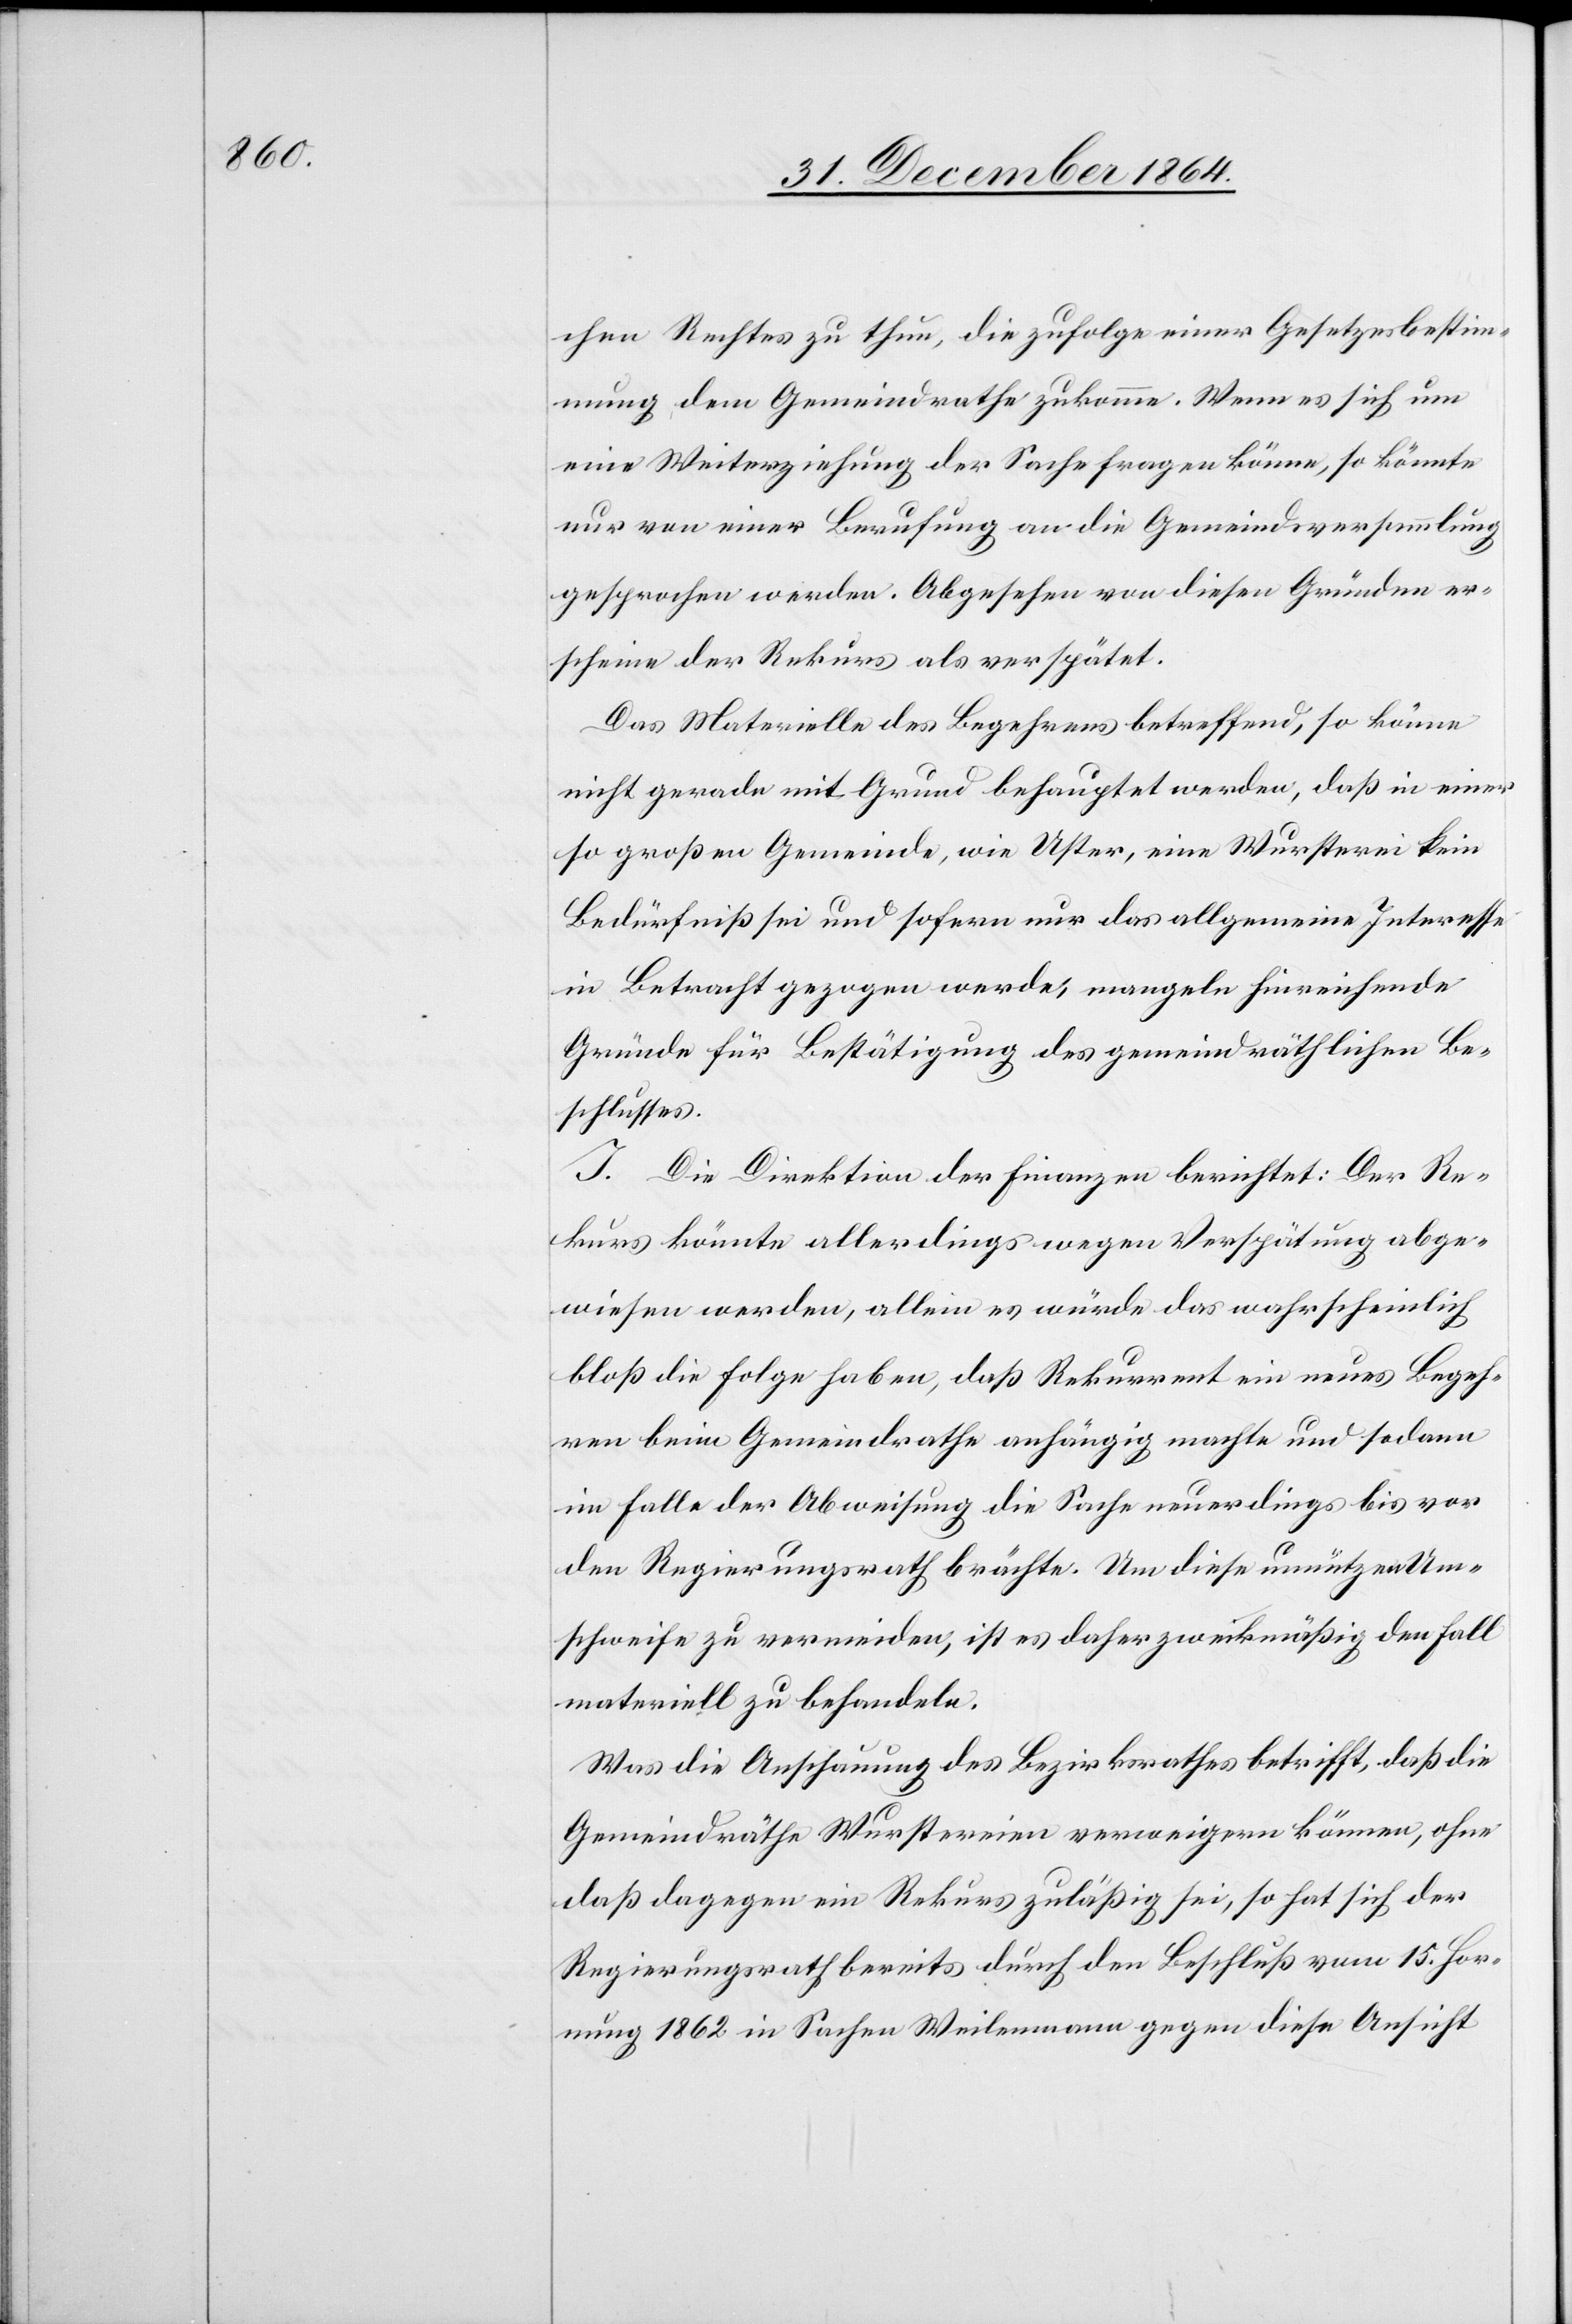
chen Rechtes zu thun, die zufolge einer Gesetzesbestim¬
mung dem Gemeindrathe zukomme. Wenn es sich um
eine Weiterziehung der Sache fragen könne, so könnte
nur von einer Berufung an die Gemeindsversammlung
gesprochen werden. Abgesehen von diesen Gründen er¬
scheine der Rekurs als verspätet.
Das Materielle des Begehrens betreffend, so könne
nicht gerade mit Grund behauptet werden, daß in einer
so großen Gemeinde, wie Uster, eine Wursterei kein
Bedürfniß sei und sofern nur das allgemeine Interesse
in Betracht gezogen werde, mangeln hinreichende
Gründe für Bestätigung des gemeindräthlichen Be¬
schlusses.
I. Die Direktion der Finanzen berichtet: Der Re¬
kurs könnte allerdings wegen Verspätung abge¬
wiesen werden, allein es würde das wahrscheinlich
bloß die Folge haben, daß Rekurrent ein neues Begeh¬
ren beim Gemeindrathe anhängig machte und sodann
im Falle der Abweisung die Sache neuerdings bies vor
den Regierungsrath brächte. Um diese unnützen Um¬
schweife zu vermeiden, ist es daher zweckmäßig[,] den Fall
materiell zu behandeln.
Was die Anschauung des Bezirksrathes betrifft, daß die
Gemeindräthe Wurstereien verweigern können, ohne
daß dagegen ein Rekurs zuläßig sei, so hat sich der
Regierungsrath bereits durch Beschluß vom 15. Hor¬
nung 1862 in Sachen Weilenmann gegen die Ansicht